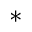
^ { * }